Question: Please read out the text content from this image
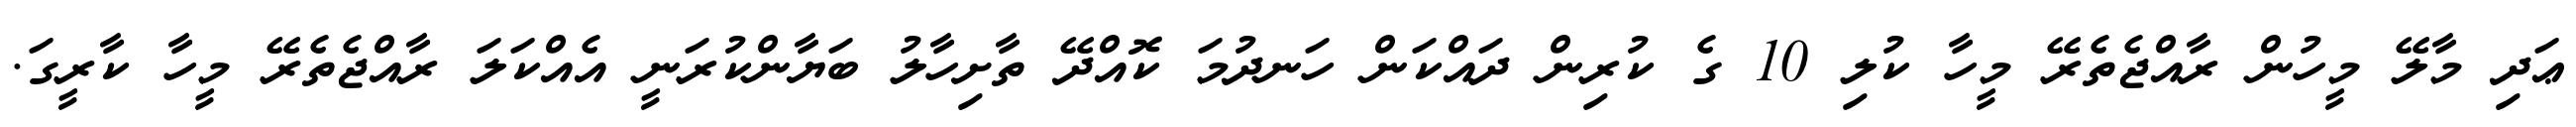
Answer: ޢަދި މާލޭ މީހުން ރާއްޖެތެރޭ މީހާ ކުލި 10 ގެ ކުރިން ދައްކަން ހަނދުމަ ކޮއްދޭ ތާށިހާލު ބަޔާންކުރަނީ އެއްކަލަ ރާއްޖެތެރޭ މީހާ ކާރީގަ.